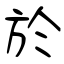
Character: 於